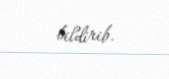
bildirib.